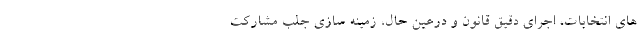
های انتخابات، اجرای دقیق قانون و درعین حال، زمینه سازی جلب مشارکت